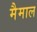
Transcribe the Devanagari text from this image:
मैमाल